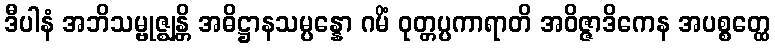
ဒီပါနံ အဘိသမ္ဗုဇ္ဈန္တိ အဓိဋ္ဌာနသမ္ပန္နော ဂမိံ ဝုတ္တပ္ပကာရာတိ အဝိဇ္ဇာဒိကေန အပစ္စတ္ထေ